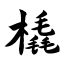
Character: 橇